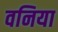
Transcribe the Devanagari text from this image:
वनिया